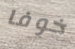
خوفا